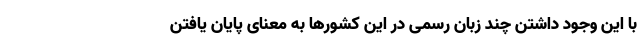
با این وجود داشتن چند زبان رسمی در این کشورها به معنای پایان یافتن